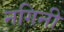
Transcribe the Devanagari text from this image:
नगिनी